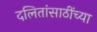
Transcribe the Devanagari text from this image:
दलितांसाठींच्या